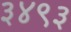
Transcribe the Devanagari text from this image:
३४९३